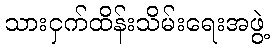
သားငှက်ထိန်းသိမ်းရေးအဖွဲ့